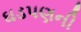
ઘડપણની